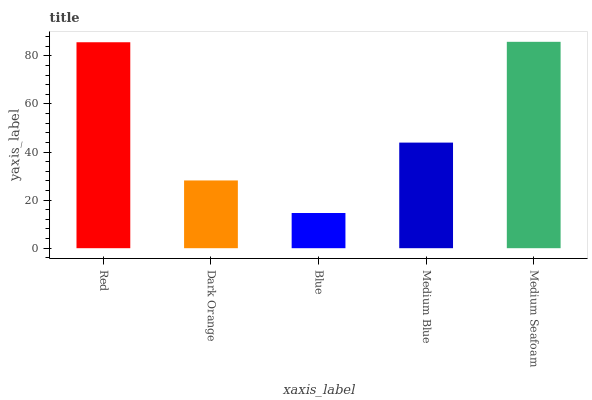
| xaxis_label | bars |
 | --- | --- |
 | Red | 85.6 |
 | Dark Orange | 28.2 |
 | Blue | 14.6 |
 | Medium Blue | 43.9 |
 | Medium Seafoam | 85.8 |